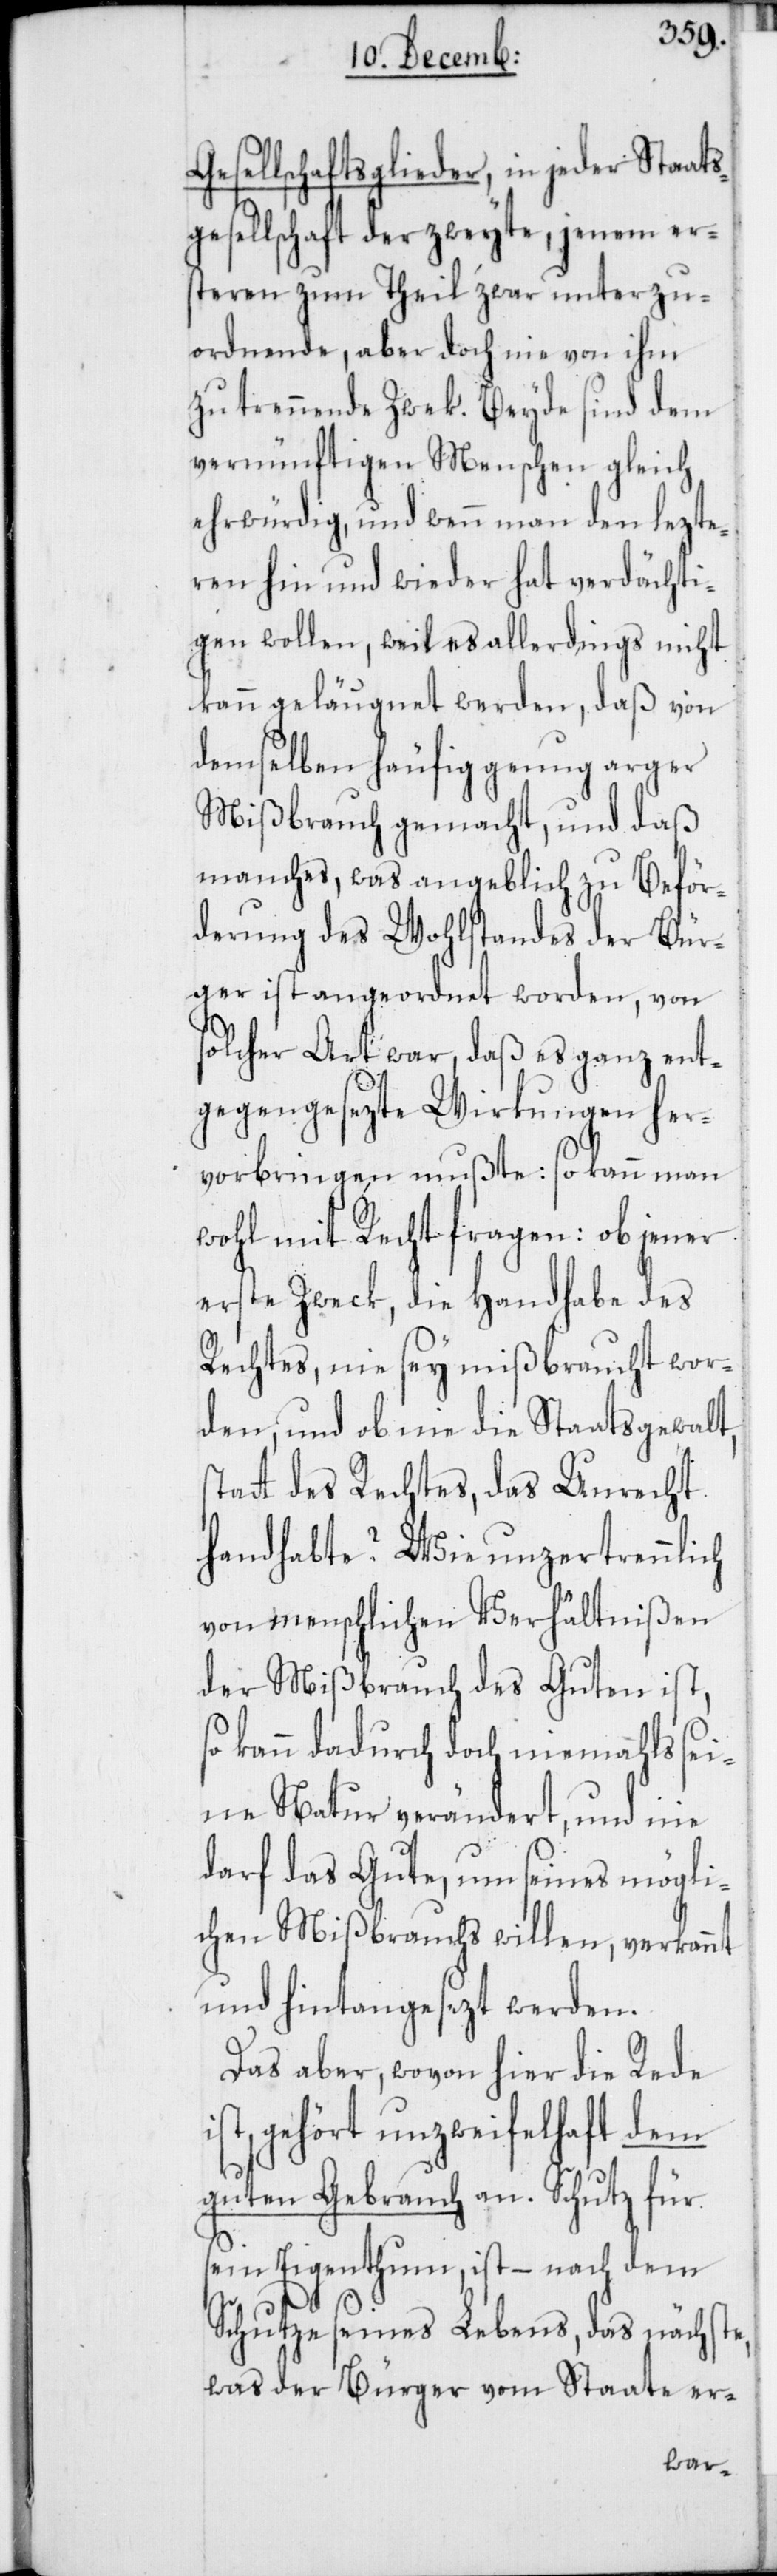
Gesellschaftsglieder, in jeder Staats¬
gesellschaft der zweyte, jenem er¬
steren zum Theil zwar unterzu¬
ordnende, aber doch nie von ihm
zu trennende Zwek. Beyde sind dem
vernünftigen Menschen gleich
ehrwürdig, und wenn man den lezte¬
ren hin und wieder hat verdächti¬
gen wollen, weil es allerdings nicht
kann geläugnet werden, daß von
demselben häufig genug arger
Mißbrauch gemacht, und daß
manches, was angeblich zu Beför¬
derung des Wohlstandes der Bür¬
ger ist angeordnet worden, von
solcher Art war, daß es ganz ent¬
gegengesezte Wirkungen her¬
vorbringen mußte: so kann man
wohl mit Recht fragen: ob jener
erste Zweck die Handhabe des
Rechtes, nie sey mißbraucht wor¬
den, und ob nie die Staatsgewalt
tt des Rechtes, das Unrecht
handhabte? Wie unzertrennlich
von menschlichen Verhältnißen
der Mißbrauch des Guten ist,
kann dadurch doch niemahls sei¬
ne Natur verändert, und nie
darf das Gute, um seines mögli¬
chen Mißbrauchs willen, verkannt
und hintangesezt werden.
Das aber, wovon hier die Rede
gehört unzweifelhaft dem
guten Gebrauch an. Schutz für
sein Eigenthum, ist – nach dem
Schutze seines Lebens, das nächst¬
e, was der Bürger vom Staate er-
sta¬